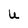
Character: U